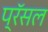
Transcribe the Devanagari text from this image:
प्रॅसल